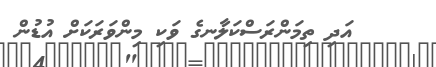
އަދި ތިމަންރަސްކަލާނގެ ވަކި މިންވަރަކަށް އުޑުން